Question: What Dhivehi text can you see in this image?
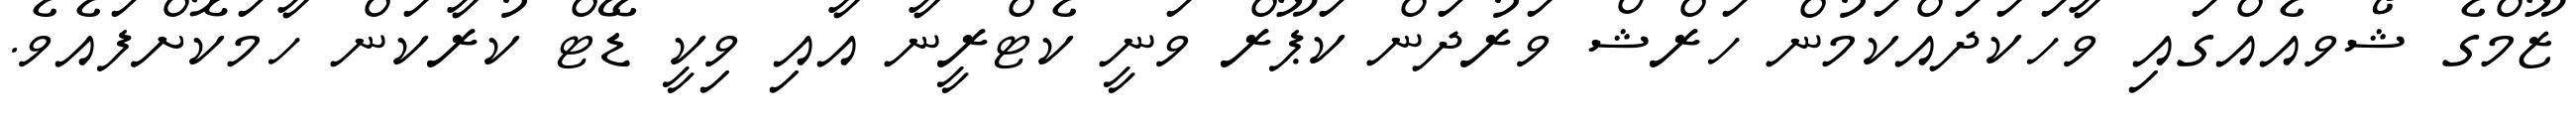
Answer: ޒޫމްގެ ޝޯވއެއްގައި ވާހަކަދައްކަމުން ހަރްޝް ވަރުދަން ކަޕޫރް ވަނީ ކެޓްރީނާ އާއި ވިކީ ޑޭޓް ކުރާކަން ހާމަކޮށްފައެވެ.